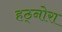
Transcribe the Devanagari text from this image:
हठ्नोरा